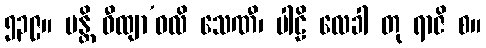
၅၃၉။ ပန္တိ ဝီထျာ’ဝလိ သေဏီ၊ ပါဠိ လေခါ တု ရာဇိ စ။